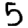
Digit: 5